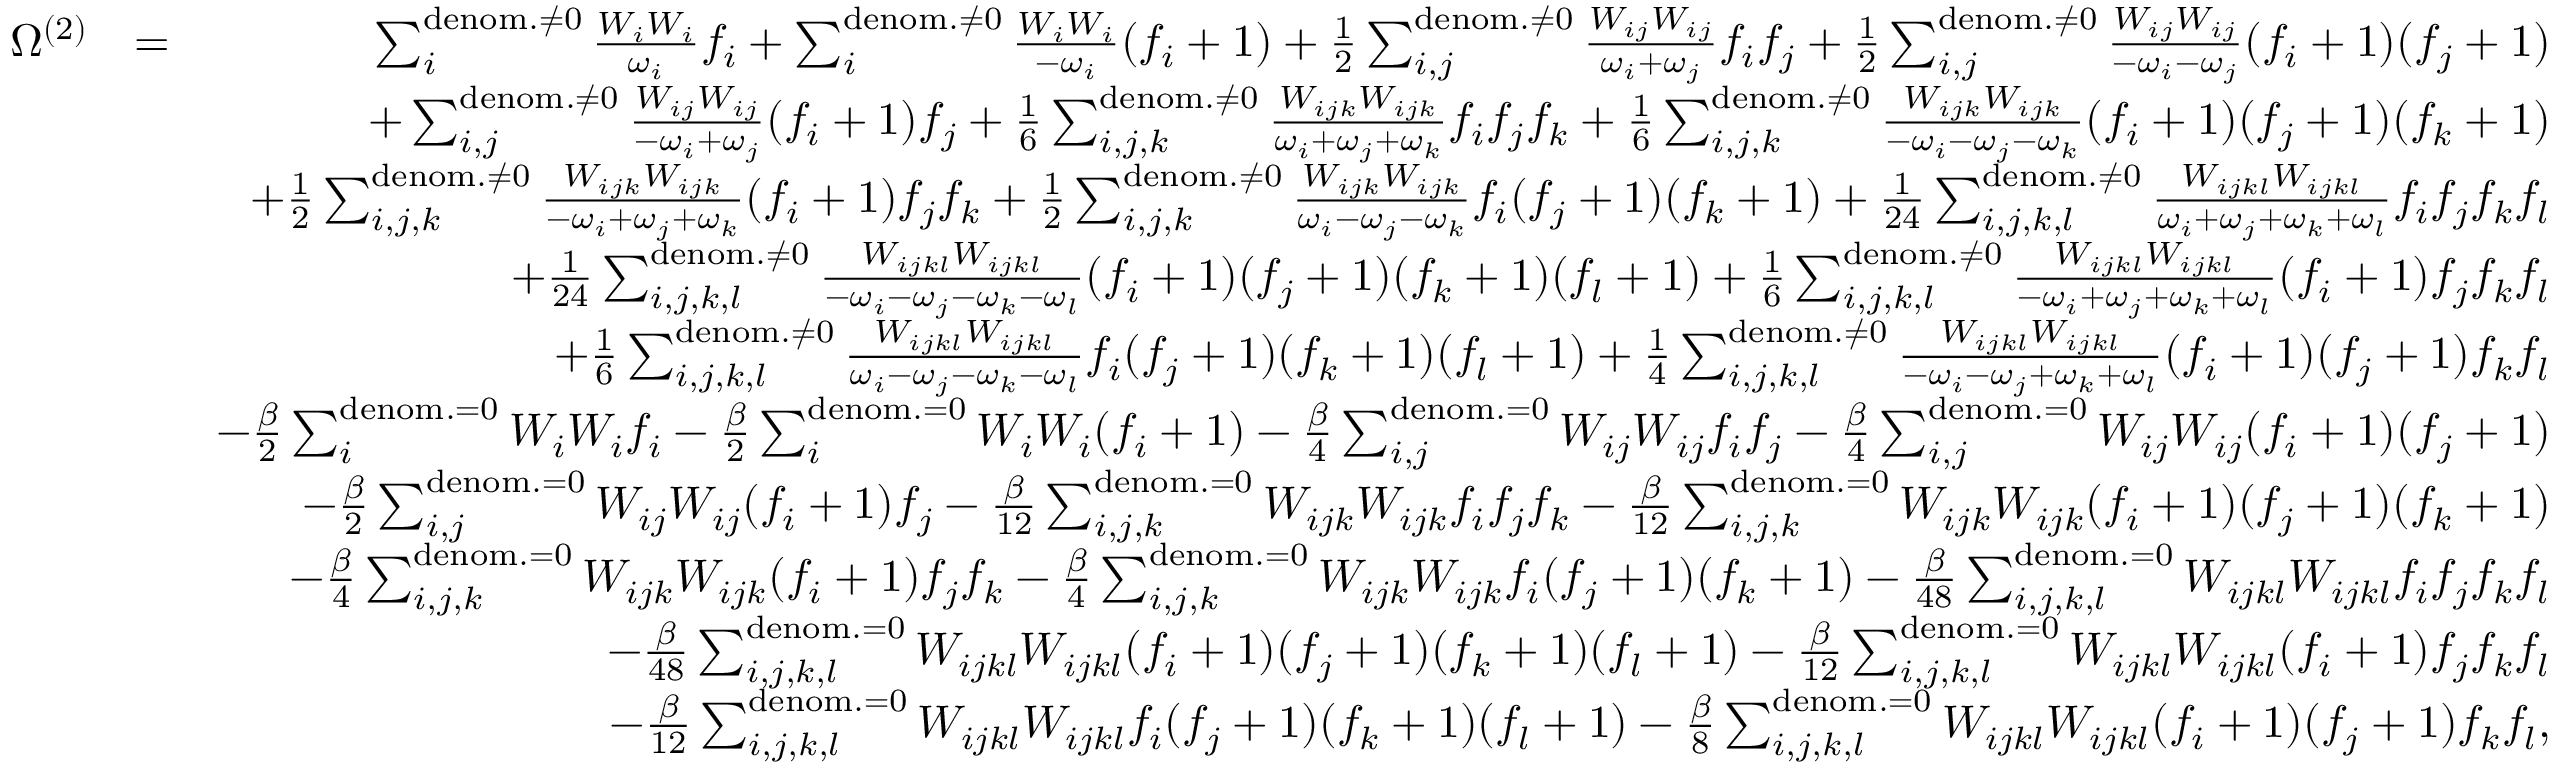
\begin{array} { r l r } { \Omega ^ { ( 2 ) } } & { = } & { \sum _ { i } ^ { \mathrm { d e n o m . } \neq 0 } \frac { W _ { i } W _ { i } } { \omega _ { i } } f _ { i } + \sum _ { i } ^ { \mathrm { d e n o m . } \neq 0 } \frac { W _ { i } W _ { i } } { - \omega _ { i } } ( f _ { i } + 1 ) + \frac { 1 } { 2 } \sum _ { i , j } ^ { \mathrm { d e n o m . } \neq 0 } \frac { W _ { i j } W _ { i j } } { \omega _ { i } + \omega _ { j } } f _ { i } f _ { j } + \frac { 1 } { 2 } \sum _ { i , j } ^ { \mathrm { d e n o m . } \neq 0 } \frac { W _ { i j } W _ { i j } } { - \omega _ { i } - \omega _ { j } } ( f _ { i } + 1 ) ( f _ { j } + 1 ) } \\ & { } & { + \sum _ { i , j } ^ { \mathrm { d e n o m . } \neq 0 } \frac { W _ { i j } W _ { i j } } { - \omega _ { i } + \omega _ { j } } ( f _ { i } + 1 ) f _ { j } + \frac { 1 } { 6 } \sum _ { i , j , k } ^ { \mathrm { d e n o m . \neq 0 } } \frac { W _ { i j k } W _ { i j k } } { \omega _ { i } + \omega _ { j } + \omega _ { k } } f _ { i } f _ { j } f _ { k } + \frac { 1 } { 6 } \sum _ { i , j , k } ^ { \mathrm { d e n o m . \neq 0 } } \frac { W _ { i j k } W _ { i j k } } { - \omega _ { i } - \omega _ { j } - \omega _ { k } } ( f _ { i } + 1 ) ( f _ { j } + 1 ) ( f _ { k } + 1 ) } \\ & { } & { + \frac { 1 } { 2 } \sum _ { i , j , k } ^ { \mathrm { d e n o m . \neq 0 } } \frac { W _ { i j k } W _ { i j k } } { - \omega _ { i } + \omega _ { j } + \omega _ { k } } ( f _ { i } + 1 ) f _ { j } f _ { k } + \frac { 1 } { 2 } \sum _ { i , j , k } ^ { \mathrm { d e n o m . \neq 0 } } \frac { W _ { i j k } W _ { i j k } } { \omega _ { i } - \omega _ { j } - \omega _ { k } } f _ { i } ( f _ { j } + 1 ) ( f _ { k } + 1 ) + \frac { 1 } { 2 4 } \sum _ { i , j , k , l } ^ { \mathrm { d e n o m . } \neq 0 } \frac { W _ { i j k l } W _ { i j k l } } { \omega _ { i } + \omega _ { j } + \omega _ { k } + \omega _ { l } } f _ { i } f _ { j } f _ { k } f _ { l } } \\ & { } & { + \frac { 1 } { 2 4 } \sum _ { i , j , k , l } ^ { \mathrm { d e n o m . } \neq 0 } \frac { W _ { i j k l } W _ { i j k l } } { - \omega _ { i } - \omega _ { j } - \omega _ { k } - \omega _ { l } } ( f _ { i } + 1 ) ( f _ { j } + 1 ) ( f _ { k } + 1 ) ( f _ { l } + 1 ) + \frac { 1 } { 6 } \sum _ { i , j , k , l } ^ { \mathrm { d e n o m . } \neq 0 } \frac { W _ { i j k l } W _ { i j k l } } { - \omega _ { i } + \omega _ { j } + \omega _ { k } + \omega _ { l } } ( f _ { i } + 1 ) f _ { j } f _ { k } f _ { l } } \\ & { } & { + \frac { 1 } { 6 } \sum _ { i , j , k , l } ^ { \mathrm { d e n o m . } \neq 0 } \frac { W _ { i j k l } W _ { i j k l } } { \omega _ { i } - \omega _ { j } - \omega _ { k } - \omega _ { l } } f _ { i } ( f _ { j } + 1 ) ( f _ { k } + 1 ) ( f _ { l } + 1 ) + \frac { 1 } { 4 } \sum _ { i , j , k , l } ^ { \mathrm { d e n o m . } \neq 0 } \frac { W _ { i j k l } W _ { i j k l } } { - \omega _ { i } - \omega _ { j } + \omega _ { k } + \omega _ { l } } ( f _ { i } + 1 ) ( f _ { j } + 1 ) f _ { k } f _ { l } } \\ & { } & { - \frac { \beta } { 2 } \sum _ { i } ^ { \mathrm { d e n o m . } = 0 } W _ { i } W _ { i } { f _ { i } } - \frac { \beta } { 2 } \sum _ { i } ^ { \mathrm { d e n o m . } = 0 } W _ { i } W _ { i } { ( f _ { i } + 1 } ) - \frac { \beta } { 4 } \sum _ { i , j } ^ { \mathrm { d e n o m . } = 0 } W _ { i j } W _ { i j } f _ { i } f _ { j } - \frac { \beta } { 4 } \sum _ { i , j } ^ { \mathrm { d e n o m . } = 0 } W _ { i j } W _ { i j } ( f _ { i } + 1 ) ( f _ { j } + 1 ) } \\ & { } & { - \frac { \beta } { 2 } \sum _ { i , j } ^ { \mathrm { d e n o m . } = 0 } W _ { i j } W _ { i j } { ( f _ { i } + 1 ) f _ { j } } - \frac { \beta } { 1 2 } \sum _ { i , j , k } ^ { \mathrm { d e n o m . = 0 } } W _ { i j k } W _ { i j k } { f _ { i } f _ { j } f _ { k } } - \frac { \beta } { 1 2 } \sum _ { i , j , k } ^ { \mathrm { d e n o m . = 0 } } W _ { i j k } W _ { i j k } { ( f _ { i } + 1 ) ( f _ { j } + 1 ) ( f _ { k } + 1 ) } } \\ & { } & { - \frac { \beta } { 4 } \sum _ { i , j , k } ^ { \mathrm { d e n o m . = 0 } } W _ { i j k } W _ { i j k } { ( f _ { i } + 1 ) f _ { j } f _ { k } } - \frac { \beta } { 4 } \sum _ { i , j , k } ^ { \mathrm { d e n o m . = 0 } } W _ { i j k } W _ { i j k } { f _ { i } ( f _ { j } + 1 ) ( f _ { k } + 1 ) } - \frac { \beta } { 4 8 } \sum _ { i , j , k , l } ^ { \mathrm { d e n o m . } = 0 } W _ { i j k l } W _ { i j k l } f _ { i } f _ { j } f _ { k } f _ { l } } \\ & { } & { - \frac { \beta } { 4 8 } \sum _ { i , j , k , l } ^ { \mathrm { d e n o m . } = 0 } W _ { i j k l } W _ { i j k l } ( f _ { i } + 1 ) ( f _ { j } + 1 ) ( f _ { k } + 1 ) ( f _ { l } + 1 ) - \frac { \beta } { 1 2 } \sum _ { i , j , k , l } ^ { \mathrm { d e n o m . } = 0 } W _ { i j k l } W _ { i j k l } ( f _ { i } + 1 ) f _ { j } f _ { k } f _ { l } } \\ & { } & { - \frac { \beta } { 1 2 } \sum _ { i , j , k , l } ^ { \mathrm { d e n o m . } = 0 } W _ { i j k l } W _ { i j k l } f _ { i } ( f _ { j } + 1 ) ( f _ { k } + 1 ) ( f _ { l } + 1 ) - \frac { \beta } { 8 } \sum _ { i , j , k , l } ^ { \mathrm { d e n o m . } = 0 } W _ { i j k l } W _ { i j k l } ( f _ { i } + 1 ) ( f _ { j } + 1 ) f _ { k } f _ { l } , } \end{array}